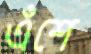
এঁশে